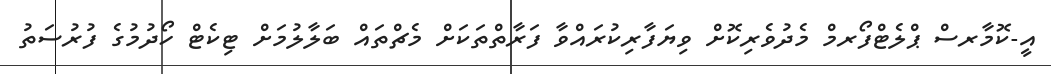
އީ-ކޮމާރސް ޕްލެޓްފޯރމް މެދުވެރިކޮށް ވިޔަފާރިކުރައްވާ ފަރާތްތަކަށް މެޗްތައް ބަލާލުމަށް ޓިކެޓް ހޯދުމުގެ ފުރުސަތު